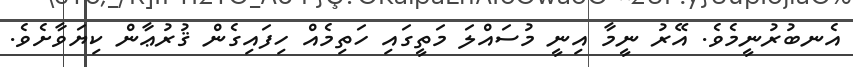
އެނބުރުނީމެވެ. އޭރު ނީމާ އިނީ މުސައްލަ މަތީގައި ހަތިމެއް ހިފައިގެން ޤުރުޢާން ކިޔަވާށެވެ.